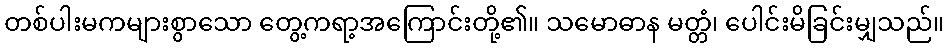
တစ်ပါးမကများစွာသော တွေ့ကရာ့အကြောင်းတို့၏။ သမောဓာန မတ္တံ၊ ပေါင်းမိခြင်းမျှသည်။